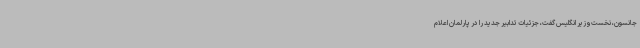
جانسون، نخست‌وزیر انگلیس گفت، جزئیات تدابیر جدید را در پارلمان اعلام